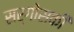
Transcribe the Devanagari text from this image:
सर्गोसकी